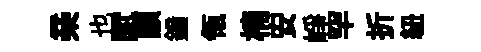
亲也賦顓鐘瓴楠安峥罕折紐